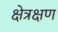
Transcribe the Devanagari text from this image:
क्षेत्रक्षण